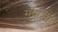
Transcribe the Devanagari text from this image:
मुधाजी